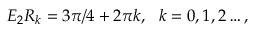
E _ { 2 } R _ { k } = 3 \pi / 4 + 2 \pi k , ~ ~ k = 0 , 1 , 2 \ldots ,